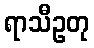
ရာသီဥတု